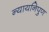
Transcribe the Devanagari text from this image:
न्यायनिपुण